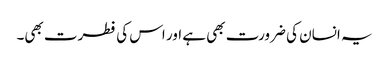
یہ انسان کی ضرورت بھی ہے اور اس کی فطرت بھی۔